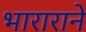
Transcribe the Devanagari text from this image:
भाराराने